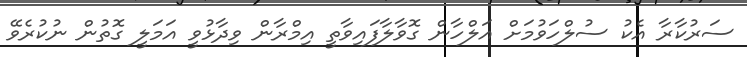
ސަރުކާރާ އެކު ސުލްހަވުމަށް އަލްހާން ގޮވާލާފައިވާތީ އިމްރާން ވިދާޅުވީ އަމަލީ ގޮތުން ނުކުރެވޭ